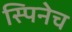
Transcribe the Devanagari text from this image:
स्पिनेच